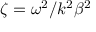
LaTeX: \zeta = \omega ^ { 2 } / k ^ { 2 } \beta ^ { 2 }